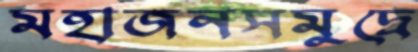
মহাজনসমুদ্রে